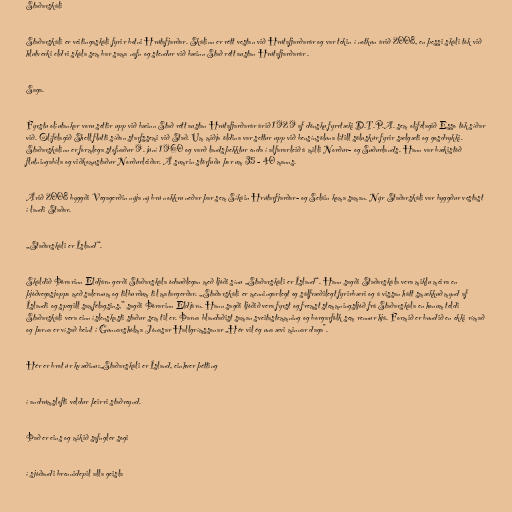
Staðarskáli

Staðarskáli er veitingaskáli fyrir botni Hrútafjarðar. Skálinn er rétt vestan við Hrútafjarðarár og var tekin í notkun árið 2008, en þessi skáli tók við
hlutverki eldri skála sem bar sama nafn og stendur við bæinn Stað rétt austan Hrútafjarðarár .

Saga.

Fyrstu olíutankar voru settir upp við bæinn Stað rétt austan Hrútafjarðarár árið 1929 af dönsku fyrrtæki D.T.P.A. sem olífélagið Esso tók síðar
við. Olífélagið Shell flutti síðan starfssemi við Stað. Um miðja öldina var settur upp við bensínsöluna lítill söluskúr fyrir sælgæti og gosdrykki.
Staðarskálinn er formlega stofnaður 9. júní 1960 og varð landsþekktur enda í alfararleið á milli Norður- og Suðurlands. Hann var bækistöð
flutningabíla og viðkomustaður Norðurleiðar. Á sumrin störfuðu þar um 35 - 40 manns.

Árið 2008 byggði Vegagerðin nýja ný brú nokkru neðar þar sem Síkáin Hrútarfjarðar- og Seláin koma saman. Nýr Staðarskáli var byggður vestast
í landi Staðar.

„Staðarskáli er Ísland“.

Skáldið Þórarinn Eldjárn gerði Staðarskála ódauðlegan með ljóði sínu „Staðarskáli er Ísland“. Hann sagði Staðarskála vera miklu meira en
þjóðvegasjoppa með salernum og tilburðum til matargerðar. „Staðarskáli er menningarlegt og sálfræðilegt fyrirbæri og á vissan hátt smækkuð mynd af
Íslandi og spegill samfélagsins,” sagði Þórarinn Eldjárn. Hann sagði ljóðið vera fyrst og fremst stemmningsljóð frá Staðarskála en honum teldi
Staðarskáli vera einn íslenskasti staður sem til er. Þarna blandaðist saman sveitastemmning og borgarfólk sem rennur hjá. Formið er bundið en ekki rímað
og þarna er vísað beint í Gunnarshólma Jónasar Hallgrímssonar „Hér vil ég una ævi minnar daga".

Hér er brot úr kvæðinu:„Staðarskáli er Ísland, einhver þétting

í andrúmslofti veldur þeirri staðreynd.

Það er eins og mikið safngler sogi

í sjóðandi brennidepil alla geisla